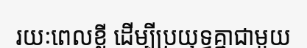
រយៈពេលខ្លី ដើម្បីប្រយុទ្ធគ្នាជាមួយ